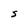
Character: S